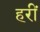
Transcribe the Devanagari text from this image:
हरीं